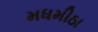
મધમીઠા